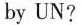
by UN?